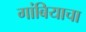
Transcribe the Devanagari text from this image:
गांबियाचा